Trukikaitis_Postimees, lk 153
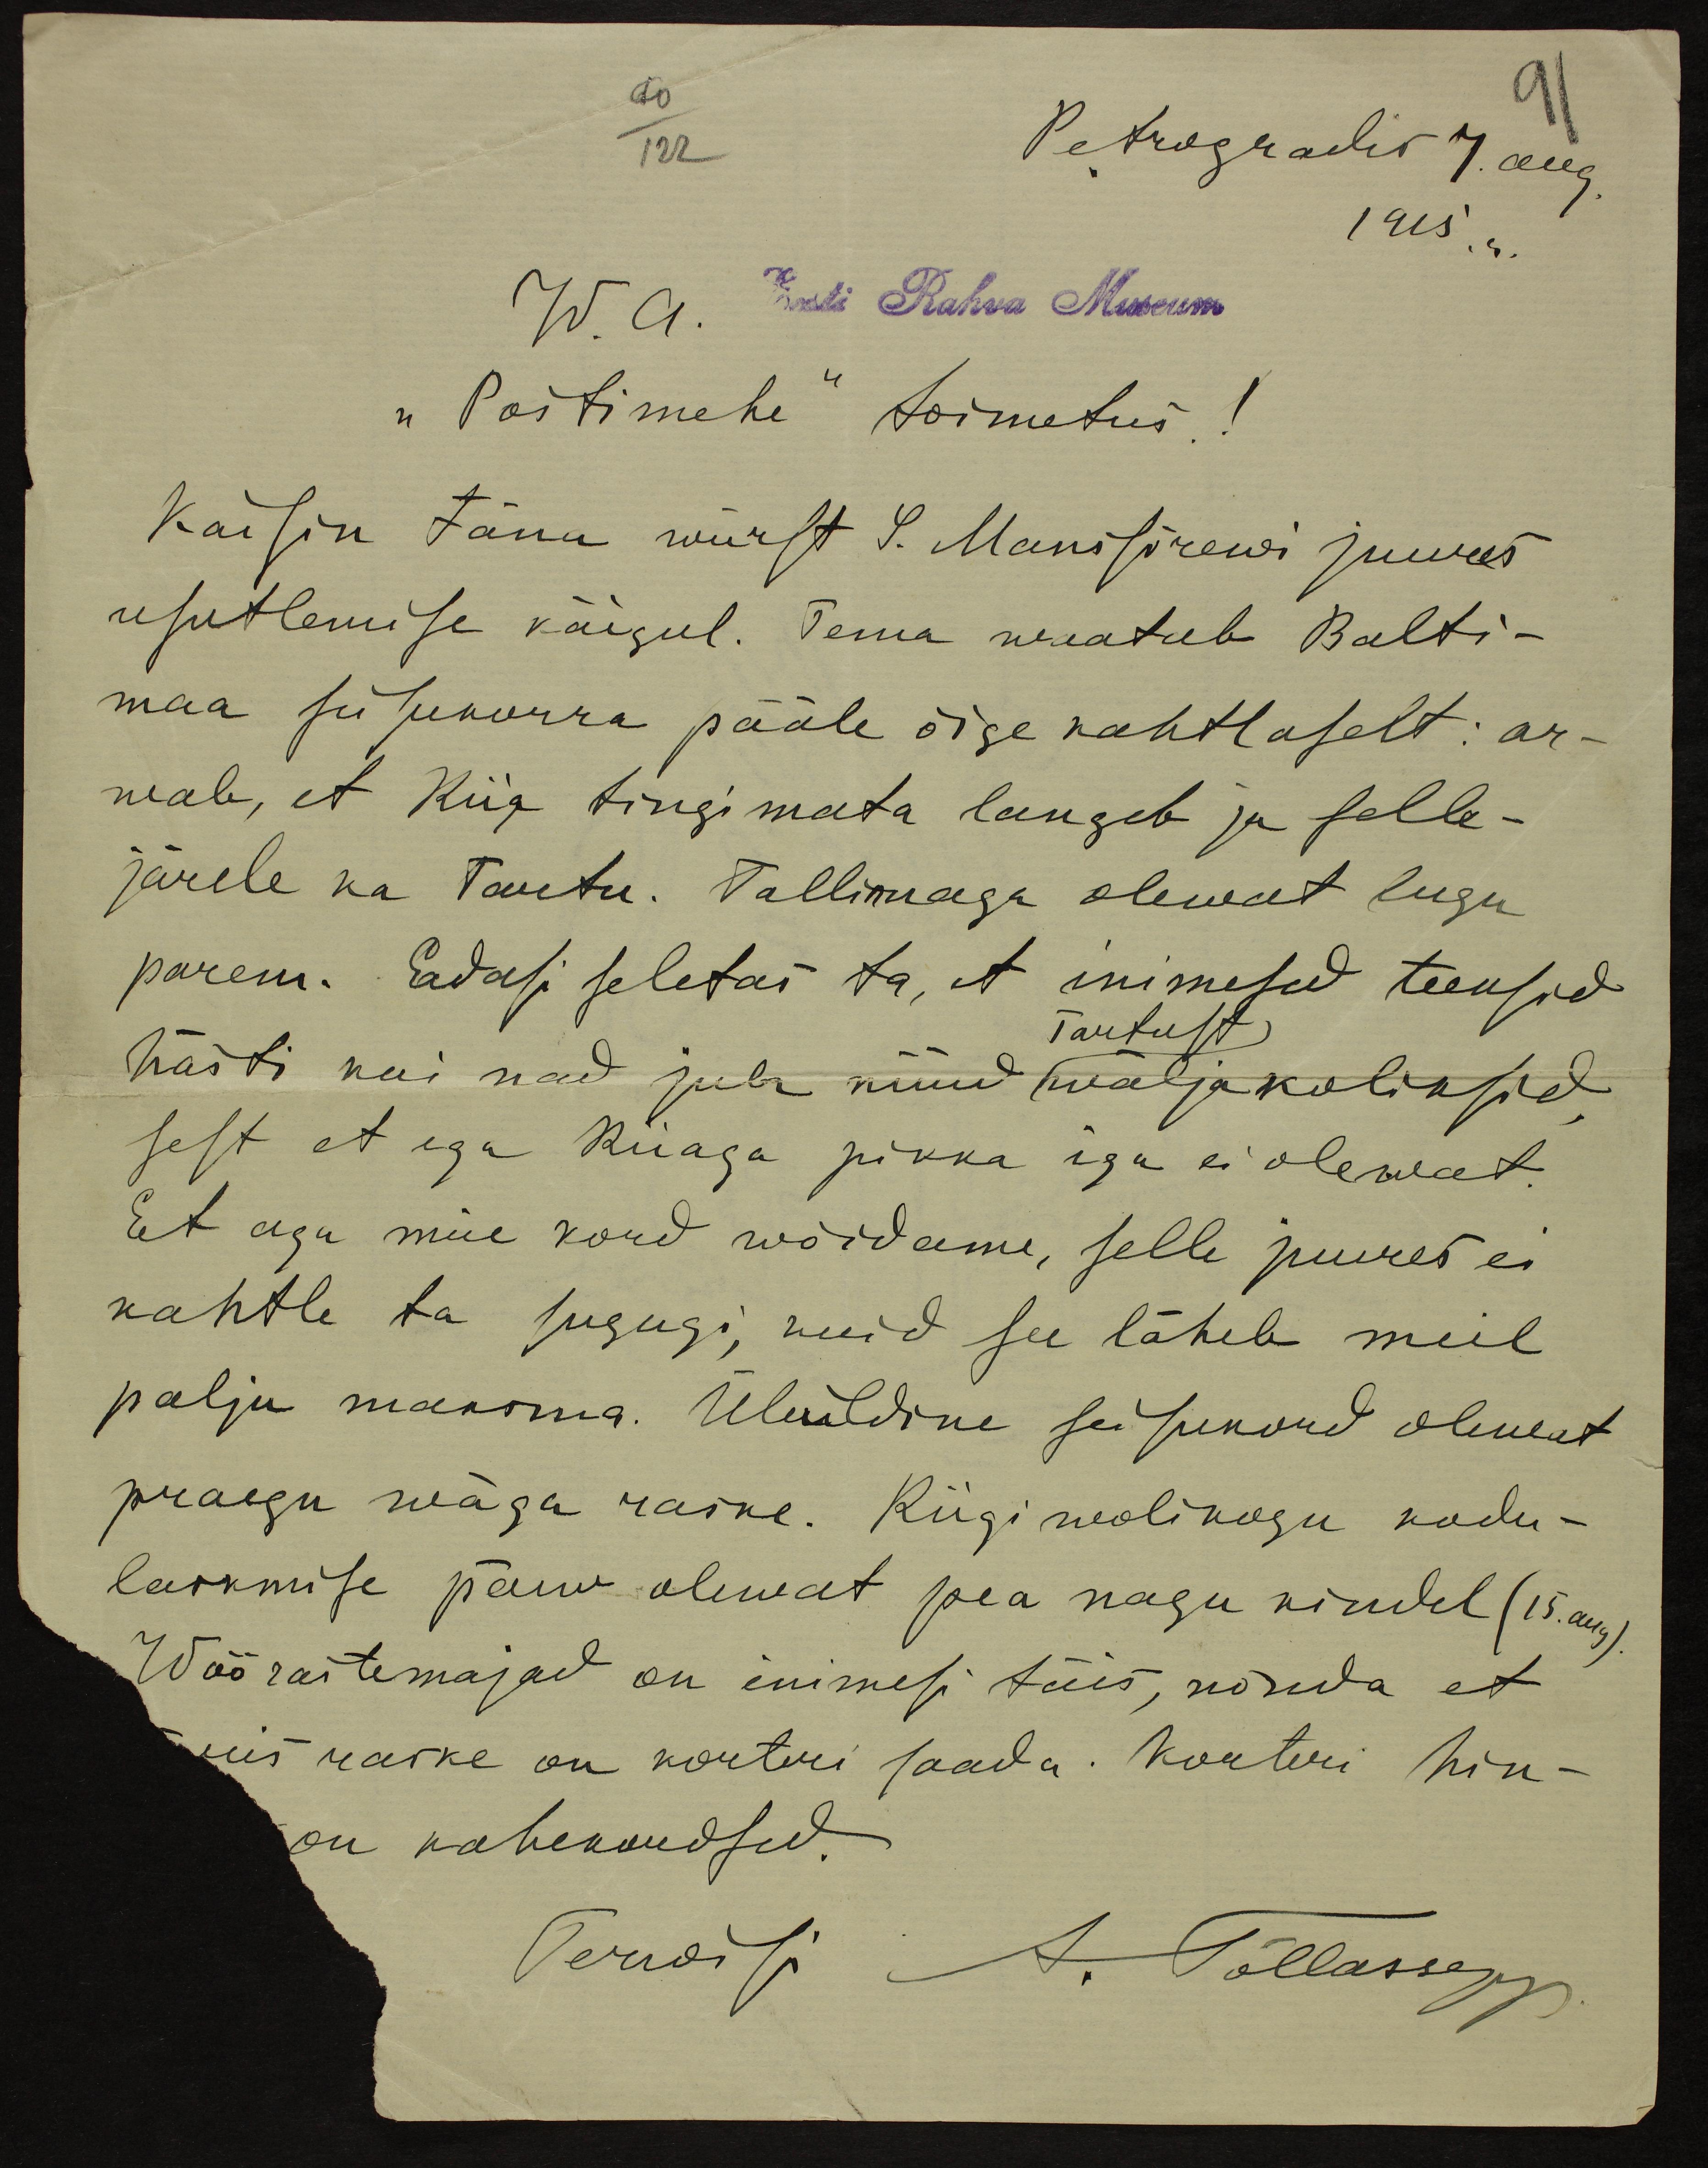
Petrogradis 7. aug
1915. a.
W. a.
Eesti Rahva Museum
"Postimehe" toimetus!
Käisin täna würst S. Manssõrewi juures
usutlemise käigul. Tema waatab Balti-
maa seisukorra pääle õige kahtlaselt: ar-
wab, et Riia tingimata langeb ja selle-
järele ka Tartu. Tallinnaga olewat lugu
parem. Edasi seletas ta, et inimesed teeksid
Tartust
hästi kui nad juba nüüd wälja koliksid,
sest et ega Riiaga pikka iga ei olewat.
Et aga meie kord wõidame, selle juures ei
kahtle ta sugugi, kuid see läheb meil
palju maksma. Üleüldine seisukord olewat
praegu wäga raske. Riigi wolikogu kodu-
laskmise päew olewat pea nagu kindel (15. aug).
Wõõrastemajad on inimesi täis, nõnda et
siis raske on korteri saada. Korteri hin-
on kahekordsed.
Terwisi
A. Tõllassepp.